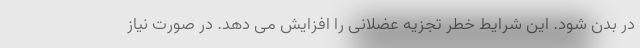
در بدن شود. این شرایط خطر تجزیه عضلانی را افزایش می دهد. در صورت نیاز